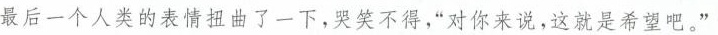
最后一个人类的表情扭曲了一下，哭笑不得，“对你来说，这就是希望吧。”